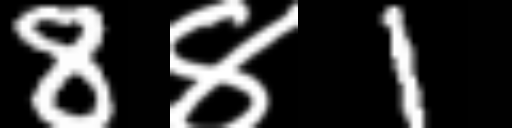
Text: 8४1